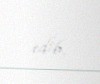
edib.